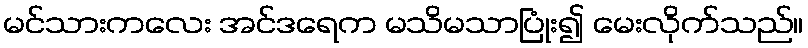
မင်သားကလေး အင်ဒရေက မသိမသာပြုံး၍ မေးလိုက်သည်။